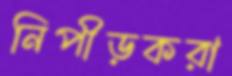
নিপীড়করা